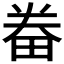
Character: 𤱵